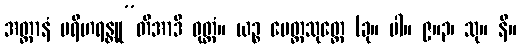
အတ္တာနံ ပရိဟရန္တူ”တိအာဒိ ဝုတ္တံ။ ယဉ္စ မေတ္တသုတ္တေ (ခု။ ပါ။ ၉။၃၊ သု။ နိ။